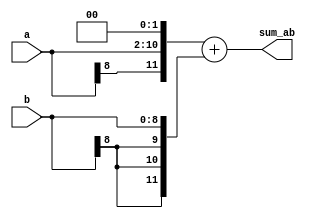
module add(a, b, sum_ab);
  parameter integer N_BITS_A = 9;
  parameter integer BIN_PT_A = 6;
  parameter integer N_BITS_B = 9;
  parameter integer BIN_PT_B = 8;

  // derived parameters
  localparam integer WHOLE_BITS_A =       N_BITS_A-BIN_PT_A;
  localparam integer WHOLE_BITS_B =       N_BITS_B-BIN_PT_B;
  localparam integer WHOLE_BITS_OUT = (WHOLE_BITS_A > WHOLE_BITS_B) ? WHOLE_BITS_A: WHOLE_BITS_B;

  localparam integer BIN_PT_OUT = (BIN_PT_A > BIN_PT_B) ? BIN_PT_A: BIN_PT_B;
  localparam integer N_BITS_OUT = WHOLE_BITS_OUT + BIN_PT_OUT + 1; 

  input wire [N_BITS_A-1:0] a;
  input wire [N_BITS_B-1:0] b;
  output reg [N_BITS_OUT-1:0] sum_ab;

  // padding to align binary points
  localparam integer BIN_PT_PAD_A =       BIN_PT_OUT - BIN_PT_A;
  localparam integer BIN_PT_PAD_B =       BIN_PT_OUT - BIN_PT_B;

  // number of sign extension bits
  localparam integer WHOLE_BITS_PAD_A =   WHOLE_BITS_OUT - WHOLE_BITS_A + 1;
  localparam integer WHOLE_BITS_PAD_B =   WHOLE_BITS_OUT - WHOLE_BITS_B + 1;

  // sign extend and pad a,b
  wire a_sign = a[N_BITS_A-1]; 
  wire b_sign = b[N_BITS_B-1]; 
  wire [N_BITS_OUT-1:0] a_padded = {{WHOLE_BITS_PAD_A{a_sign}}, {a}, {BIN_PT_PAD_A{1'b0}}};
  wire [N_BITS_OUT-1:0] b_padded = {{WHOLE_BITS_PAD_B{b_sign}}, {b}, {BIN_PT_PAD_B{1'b0}}};

  // sum the padded 2's complement values
  always @ (a_padded, b_padded) begin
    sum_ab = a_padded + b_padded;
  end //always

endmodule